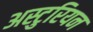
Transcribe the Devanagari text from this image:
अस्टुरियन